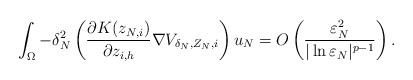
LaTeX: \begin{align*}\int_{\Omega}-\delta_N^2\left( \frac{\partial K(z_{N,i})}{\partial z_{i,h}}\nabla V_{\delta_N, Z_N,i}\right) u_N=O\left( \frac{\varepsilon_N^2}{|\ln\varepsilon_N|^{p-1}}\right).\end{align*}